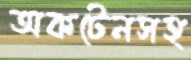
অকটেনসহ